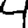
Digit: 4